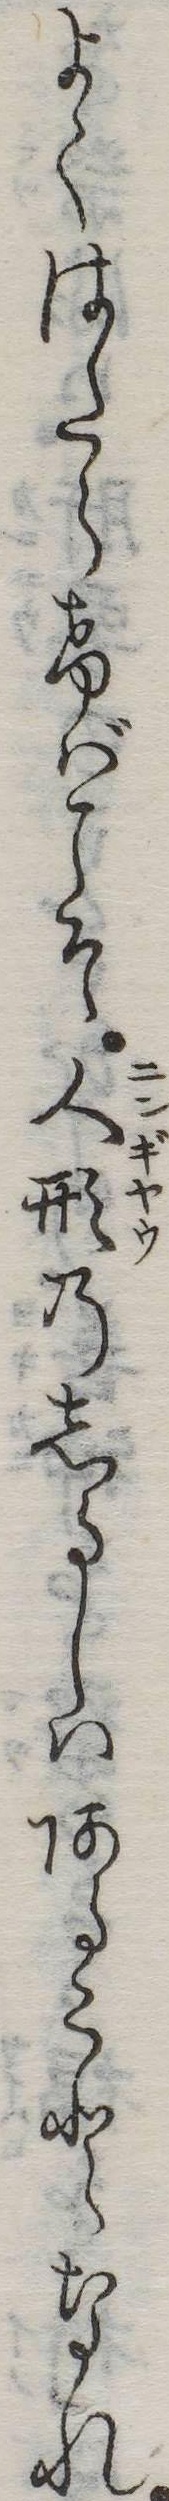
よくはたらけばこそ人形のしるしはあることなれ